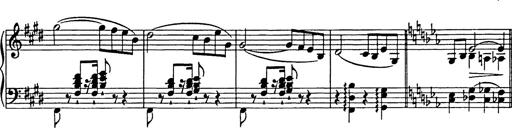
Title: Festmarsch zur SÃ¤cularfeier von Goethes Geburtstag
Composer: Franz Liszt